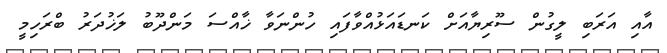
އާއި އަރަބި ލީގުން ސޫރިޔާއަށް ކަނޑައަޅުއްވާފައި ހުންނަވާ ޚާއްސަ މަންދޫބު ލަޚުދަރު ބްރަހިމީ